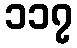
၁၁၇